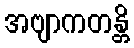
အဗျာကတန္တိ